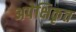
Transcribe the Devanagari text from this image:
अपेक्षिकृत